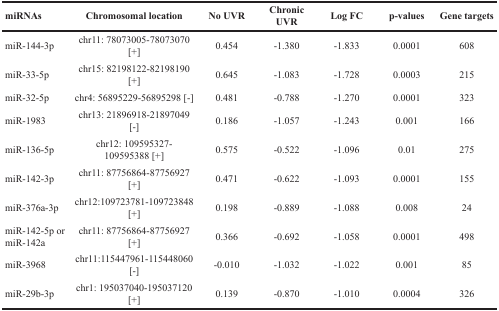
| miRNAs | Chromosomal location | No UVR | Chronic UVR | Log FC | p-values | Gene targets |
 | --- | --- | --- | --- | --- | --- | --- |
 | miR-144-3p | chr11: 78073005-78073070 [+] | 0.454 | -1.380 | -1.833 | 0.0001 | 608 |
 | miR-33-5p | chr15: 82198122-82198190 [+] | 0.645 | -1.083 | -1.728 | 0.0003 | 215 |
 | miR-32-5p | chr4: 56895229-56895298 [-] | 0.481 | -0.788 | -1.270 | 0.0001 | 323 |
 | miR-1983 | chr13: 21896918-21897049 [-] | 0.186 | -1.057 | -1.243 | 0.001 | 166 |
 | miR-136-5p | chr12: 109595327-109595388 [+] | 0.575 | -0.522 | -1.096 | 0.01 | 275 |
 | miR-142-3p | chr11: 87756864-87756927 [+] | 0.471 | -0.622 | -1.093 | 0.0001 | 155 |
 | miR-376a-3p | chr12:109723781-109723848 [+] | 0.198 | -0.889 | -1.088 | 0.008 | 24 |
 | miR-142-5p or miR-142a | chr11: 87756864-87756927 [+] | 0.366 | -0.692 | -1.058 | 0.0001 | 498 |
 | miR-3968 | chr11:115447961-115448060 [-] | -0.010 | -1.032 | -1.022 | 0.001 | 85 |
 | miR-29b-3p | chr1: 195037040-195037120 [+] | 0.139 | -0.870 | -1.010 | 0.0004 | 326 |